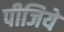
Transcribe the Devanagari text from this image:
पीजिये